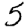
Digit: 5